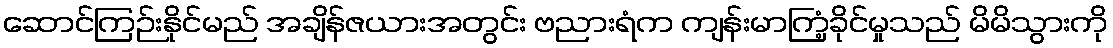
ဆောင်ကြဉ်းနိုင်မည် အချိန်ဇယားအတွင်း ဗညားရံက ကျန်းမာကြံ့ခိုင်မှုသည် မိမိသွားကို